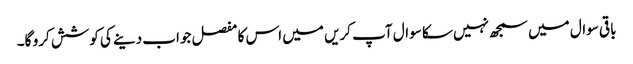
باقی سوال میں سمجھ نہیں سکا سوال آپ کریں میں اس کا مفصل جواب دینے کی کوشش کرو گا۔